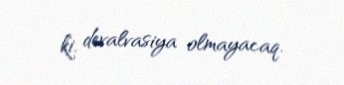
ki, devalvasiya olmayacaq.